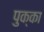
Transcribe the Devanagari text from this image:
पुक्का